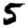
Digit: 5